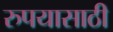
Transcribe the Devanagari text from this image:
रुपयासाठी